Medical and sanitary report of the native army of Bengal for the year
Year: 1876
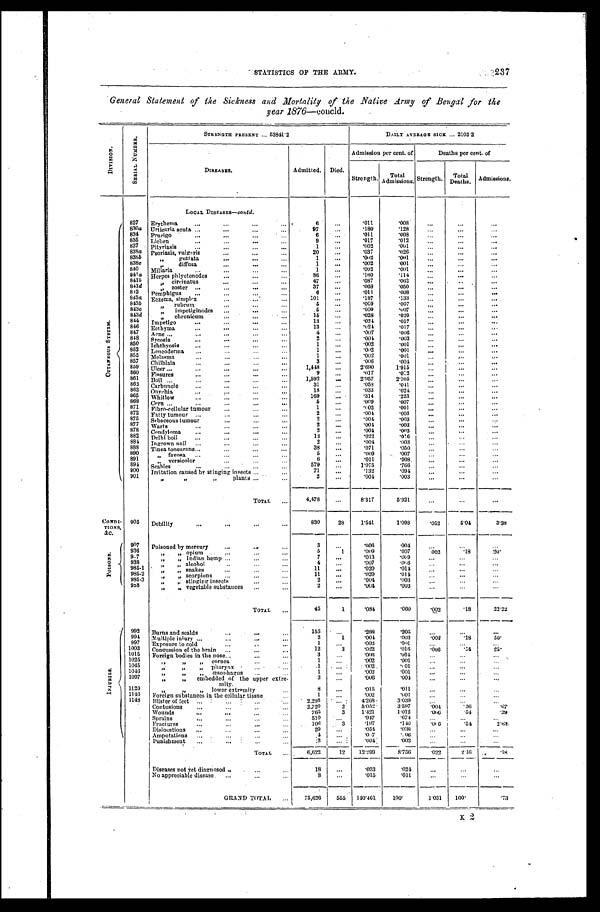
STATISTICS OF THE ARMY.
General Statement of the Sickness and Mortality of the Native Army of Bengal for- the
year 1876—concld.
D I V I S I O N .
S E R I A L N U M B E R
STRENGTH PRESENT ... 53841.2
DAILY AVERAGE SICK ... 2103.2
DISEASES.
Admitted. Died.
Admission per cent. of
Deaths per cent. of
Strength.
Total
Admissions. Strength.
Total
Deaths. Admissions.
LOCAL DISEASES—contd.
C U T A N E O U S S T S T R M .
827
Erythema
...
. . .
...
. . .
6
. . .
. 0 1 1
.008
. . .
. . .
. . .
830a Urticaria acuta ...
...
...
. . .
97
. . .
. 1 8 0
.128
. . .
. . .
. . .
834
Prurigo
...
...
...
...
6
. . .
. 0 1 1
.008 ...
...
. . .
835
Lichen
...
. . .
...
...
9
...
. 0 1 7
.012 ...
. . .
. . .
837
Pityriasis
...
...
...
. . .
1
...
. 0 0 2
.001 ...
. . .
. . .
838a Psoriasis, vulgaris
...
...
. . .
20
...
. 0 3 7
.026
. . .
. . .
. . .
838b
” gutlata
...
...
...
1
...
. 0 0 2
. 0 0 1
. . .
. . .
...
838c
” d i f f u s a
...
...
...
I
...
. 0 0 2
.001
. . .
. . .
. . .
840
Miliaria
...
...
...
...
1
...
. 0 0 2
'0(11
. . .
. . .
. . .
841a
Herpes phlyctenodes
...
...
. . .
86
. . .
. 6 0
.114
. . .
. . .
. . .
841b ”
circinatus
...
...
...
47
..,
. 0 8 7
.062
. . .
. . .
. . .
841d
”
zoster ...
...
...
. . .
37
...
. 0 6 8
.050 ...
. . .
. . .
842
p e m p h i g u s
...
...
...
...
...
.
6
...
'011
.008
. . .
. . .
. . .
843a Eczema, simplex
...
...
...
101
...
. 1 8 7
. 1 3 3
. . .
. . .
843b
„
rubrum
...
...
. . .
5
. . .
. 0 0 9
.007
. . .
. . .
...
843c c
„”
impetiginodes ...
...
...
. 5
.
. 0 0 9
.007 ...
. . .
. . .
843d
„
chronicum
...
...
...
15
. 0 2 8
.020 ...
. . .
. . .
844
Impetigo
...
. . .
...
...
13
. . .
. 0 2 4
.017
. . .
. . .
. . .
846
Ecthyma
...
...
...
. . .
13
. . .
. . 0 2 6
. 017 ...
. . .
. . .
847
A ene ...
...
. . .
...
. . .
4
. . .
. 0 0 7
.006
. . .
. . .
. . .
848
Syeosis
...
...
...
...
2
. . .
. 0 0 4
.003
. . .
. . .
. . .
850
Tchthyosis
...
. . .
...
. . .
1
. . .
. 0 0 2
.001
. . .
. . .
. . .
852
Lencoderma
...
...
...
. . .
1
. . .
. 0 0 2
.001
. . .
. . .
. . .
855
sma.
...
. . .
...
. . .
1
. . .
. 0 0 2
.001
. . .
. . .
. . .
857
Chilblain
...
. . .
...
. . .
3
. . .
. 0 0 6
.004
. . .
. . .
. . .
859
Ulcer
...
...
...
. . .
1,448
...
2.690
1.915 ...
...
. . .
860
Fissures
...
. . .
...
...
9
. . .
0 1 7
.012
. . .
. . .
. . .
861
Boil
...
...
...
. . .
1,592
...
2.957
2.105
. . .
. . .
...
862
Carbuncle
...
. . .
...
. . .
31
. . .
. 0 5 8
.041
. . .
. . .
. . .
863
Onvehia
...
...
...
...
18
. . .
033
.024 ...
. . .
. . .
865
Whitlow
...
. . .
...
. . .
169
. . .
. 3 1 4
.223 ...
. . .
. . .
868
Corn
...
. . .
...
. . .
5
. . .
. 0 0 9
.007
. . .
. . .
...
8 7 1
Fibro-cellular tumour
...
...
. . .
1
...
. 0 0 2
.001
. . .
. . .
. . .
872
Fatty tumour ...
. . .
...
. . .
2
. . .
. 0 0 4
.003
. . .
. . .
. . .
875
Sebaceous tumour
. . .
...
. . .
2
. . .
. 0 0 4
.003
. . .
. . .
. . .
877
Warts
...
...
...
. . .
2
...
. 0 0 4
.003
. . .
. . .
. . .
878
Condyloma
...
. . .
...
. . .
2
. . .
. 0 0 4
.003
. . .
. . .
. . .
882
Delhi boil
...
. . .
...
. . .
1 2
. . .
. 0 2 2
.006
. . .
. . .
. . .
8 8 4
Ingrown nail ...
. . .
...
. . .
2
...
. 0 0 4
.003 ...
. . .
. . .
888
Tinea tonsurans.. ...
. . .
...
. . .
8
3
...
. 0 7 1
.050
. . .
. . .
. . .
890
„ favosa
...
...
...
. . .
5
. . .
0 0 9
.007 ...
. . .
. . .
891
„
versicolor ...
...
...
. . .
6
...
. 0 1 1
.008.
. . .
. . .
. . .
894
,
Scabies
...
. . .
...
. . .
579
. . .
1.075
.766
. . .
. . .
. . .
9 0 0
Irritation caused by stinging insects ...
. . .
71
...
. 1 3 2
.094
. . .
...
. . .
901
”
”
”
plants ...
. . .
2
...
. 0 0 4
.003
. . .
. . .
. . .
TOTAL
. . .
4,478
. . .
8.317
5.921
...
. . .
. . .
—
—
CONDI-
TIONS, &C.
905
Debility
. . .
. . .
. . .
. . .
830
28
1.541
1.098
. 0 5 2
5.04
3.38
—
—
--
pOISONS.
907
Poisoned by mercur
...
. . .
...
3
. . .
. 0 0 6
.004
. . .
...
. . .
936 ”
” „ opium
...
...
. . .
5
1
. 0 0 9
.007
002
. 1 8
2 0 .
9.7
” ” Indian hemp ...
. . .
...
7
. . .
. 0 1 3
.009
. . .
...
. . .
938
”
, ” ,
alcohol
...
. . .
. . .
4
. . .
.007
.006
...
. . .
. . .
985-1
”
”
snakes
...
...
...
11
. . .
. 0 2 0
.014
...
. . .
. . .
985 -2
”
”
scorpions
...
. . .
. . .
11
. . .
. 0 2 0
.014
...
. . .
.. .
985.3
” „
” „ stingin g insects ...
...
...
2
. . .
. 0 0 4
.003
...
...
...
988
”
” vegetable substances ...
...
...
2
. . .
. 0 0 4
.003
. . .
. . .
...
TOTAL
...
45
1
. 0 8 4
.060
. 0 0 2
. 1 8 22.22
I N J U R I E S
992
Burns and scalds
...
...
. . .
155
. . .
. 2 8 8
.205
. . .
. . .
. . .
994
Multiple injury ...
...
. . .
. . .
2
1
. 0 0 4
.003
. 0 0 2
. 1 8 50.
997
Exposure t o col d
...
...
. . .
. . .
1
. . .
. 0 0 2
.001
. . .
...
. . .
1003
Concussion of the brain ...
. . .
. . .
12
3
. 0 2 2
.016
. 0 0 6
. 5 4
25..
1015
Foreign bodies in the nose... ...
. . .
. . .
3
. . .
. 0 0 6
.004
. . .
. . .
...
1025
” v
” cornea
...
. . .
1
. . .
. 0 0 2
.001
...
...
...
1045
” „
„ Pharynx
ph
. . .
. . .
1
. . .
. 0 0 2
.001
... ...
. . .
1046
” ”
” œsophagus
...
. . .
1
. . .
. 0 0 2
.001
. . . ...
. . .
1097
” ”
embedded embedded of the upper extre-
m i t y
3
. . .
. 0 0 6
.004
. . .
. . .
. . .
1120
”
”
” lower extremity
. . .
8
...
. 0 1 5
.011
. . .
. . .
. . .
1146
Foreign substances in the cellular tissue
. . .
1
. . .
. 0 0 2
. 0 0 2
...
...
. . .
1148
Blister of feet
. . .
...
. . .
. . .
2,298
. . .
4.268-
3.039
. . .
. . .
. . .
Contusions
...
...
...
. . .
2.720
2
5.052
3.597
. 0 0 4
. 3 6
.07
Wounds
...
...
. . .
. . .
765
3
1.421
1.012
. 0 0 6
. 5 4
.39
Sprains
...
...
...
. . .
510
. . .
. 9 4 7
.674
. . .
. . .
. . .
Fractures
. . .
...
. . .
. . .
1 0 6
3
. 1 9 7
.140
. 0 0
6 .54
2.83
Dislocations
. . .
...
...
. . .
29
...
. 0 5 4
.038
...
. . .
. . .
Amputations
...
...
...
. . .
. 4
...
. 0 . .
7
..06
... ...
...
Punishment
...
...
...
. . .
.2
...
. 0 0 4
.003
...
...
..
TOTAL
. . .
6,622
12
12.299
8.756
. 0 2 2 2 1
.18
Diseases not yet diagnosed ..
. . .
. . .
18
...
. 0 3 3
.024
. . .
. . .
. . .
No appreciable disease.
...
. . .
. . .
8
. . .
. 0 1 5
.011
. . .
. . .
GRAND TOTAL
...
75,626
555
140.461
100.
1.031
100.
.73
K